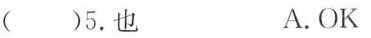
( )5.也 A.OK